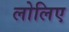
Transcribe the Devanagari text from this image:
लोलिए